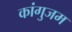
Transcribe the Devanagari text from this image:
कांगुजम